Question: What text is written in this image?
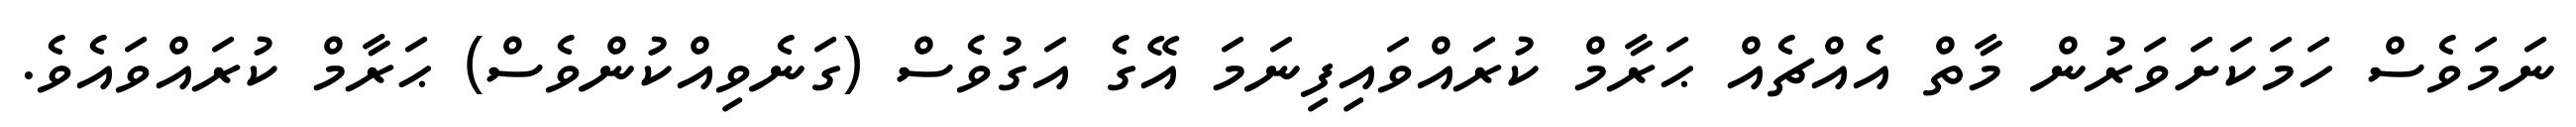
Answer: ނަމަވެސް ހަމަކަށަވަރުން މާތް އެއްޗެއް ޙަރާމް ކުރައްވައިފިނަމަ އޭގެ އަގުވެސް (ގަނެވިއްކުންވެސް) ޙަރާމް ކުރައްވައެވެ.